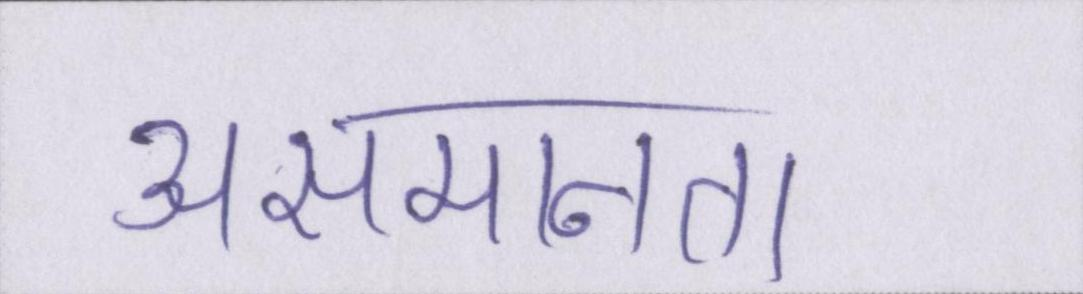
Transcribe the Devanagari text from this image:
असमानता